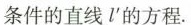
条件的直线l'的方程。